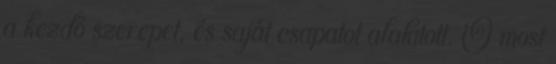
a kezdő szerepet, és saját csapatot alakított. Ő most